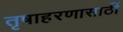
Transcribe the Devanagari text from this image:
तृषाहरणासाठीं